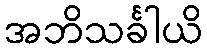
အဘိသင်္ခါယိ